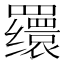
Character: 𬙪